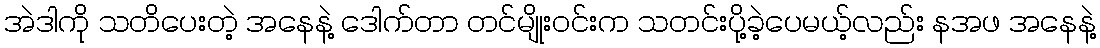
အဲဒါကို သတိပေးတဲ့ အနေနဲ့ ဒေါက်တာ တင်မျိုးဝင်းက သတင်းပို့ခဲ့ပေမယ့်လည်း နအဖ အနေနဲ့